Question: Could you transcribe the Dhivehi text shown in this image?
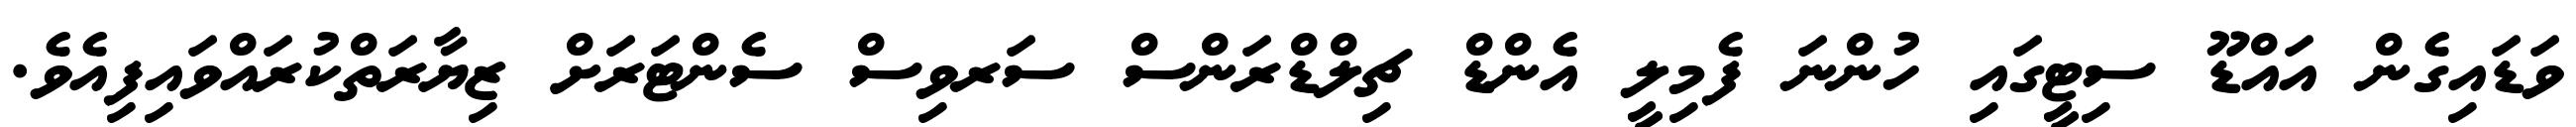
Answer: ވަޑައިގެން އައްޑޫ ސިޓީގައި ހުންނަ ފެމިލީ އެންޑް ޗިލްޑްރަންސް ސަރވިސް ސެންޓަރަށް ޒިޔާރަތްކުރައްވައިފިއެވެ.